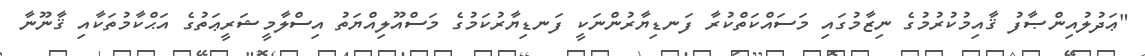
"ޢަދުލުއިންޞާފު ޤާއިމުކުރުމުގެ ނިޒާމުގައި މަސައްކަތްކުރާ ފަނޑިޔާރުންނަކީ ފަނޑިޔާރުކަމުގެ މަސްއޫލިއްޔަތު އިސްލާމީޝަރީޢަތުގެ އަޙްކާމުތަކާއި ޤާނޫނާ